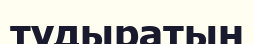
тудыратын